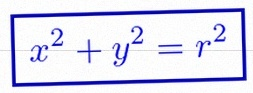
x^2+y^2=r^2